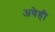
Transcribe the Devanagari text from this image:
अवेही